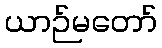
ယာဉ်မတော်